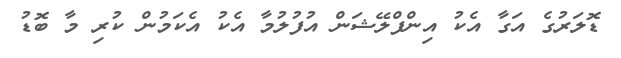
ޑޮލަރުގެ އަގާ އެކު އިންފްލޭޝަން އުފުލުމާ އެކު އެކަމުން ކުރި މާ ބޮޑު